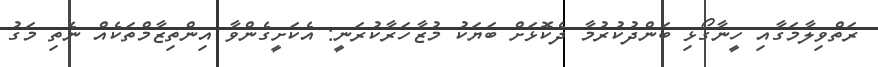
ރަތްވިލާމަގާއި ހީނާގޯޅި ބަންދުކުރުމާ ދެކޮޅަށް ބަޔަކު މުޒާހަރާކުރަނީ: އެކަށީގެންވާ އިންތިޒާމްތަކެއް ނެތި މަގު